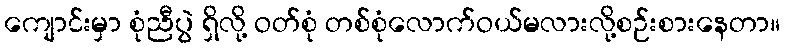
ကျောင်းမှာ စုံညီပွဲ ရှိလို့ ဝတ်စုံ တစ်စုံလောက်ဝယ်မလားလို့စဉ်းစားနေတာ။